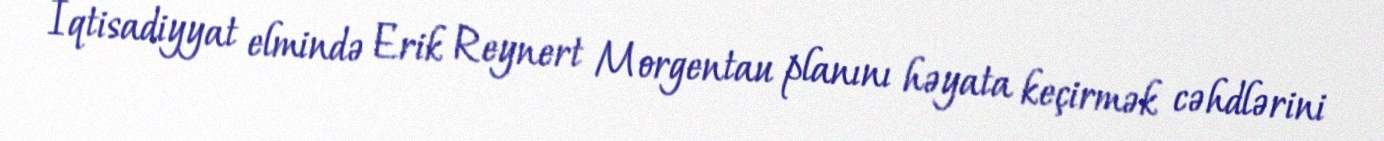
İqtisadiyyat elmində Erik Reynert Morgentau planını həyata keçirmək cəhdlərini